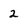
Character: 2